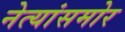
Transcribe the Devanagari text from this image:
नेत्यांसमोर